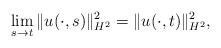
LaTeX: \begin{align*} \lim_{s\rightarrow t}\|u(\cdot,s)\|_{H^{2}}^{2}=\|u(\cdot,t)\|_{H^{2}}^{2},\end{align*}